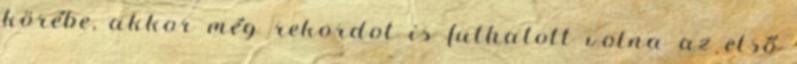
körébe, akkor még rekordot is futhatott volna az első